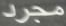
مجرد